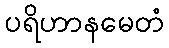
ပရိဟာနမေတံ